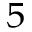
^ 5